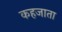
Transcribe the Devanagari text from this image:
कहजाता